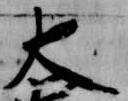
大